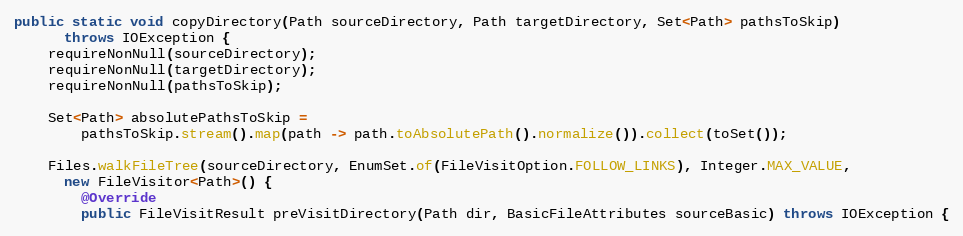
Language: Java
public static void copyDirectory(Path sourceDirectory, Path targetDirectory, Set<Path> pathsToSkip)
      throws IOException {
    requireNonNull(sourceDirectory);
    requireNonNull(targetDirectory);
    requireNonNull(pathsToSkip);

    Set<Path> absolutePathsToSkip =
        pathsToSkip.stream().map(path -> path.toAbsolutePath().normalize()).collect(toSet());

    Files.walkFileTree(sourceDirectory, EnumSet.of(FileVisitOption.FOLLOW_LINKS), Integer.MAX_VALUE,
      new FileVisitor<Path>() {
        @Override
        public FileVisitResult preVisitDirectory(Path dir, BasicFileAttributes sourceBasic) throws IOException {